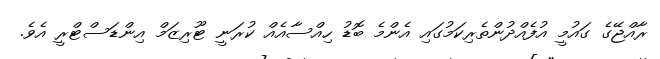
ރާއްޖޭގެ ގައުމީ އުފެއްދުންތެރިކަމުގައި އެންމެ ބޮޑު ހިއްސާއެއް ކުރަނީ ޓޫރިޒަމް އިންޑަސްޓްރީ އެވެ.